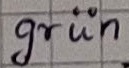
Text: grün